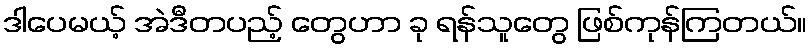
ဒါပေမယ့် အဲဒီတပည့် တွေဟာ ခု ရန်သူတွေ ဖြစ်ကုန်ကြတယ်။